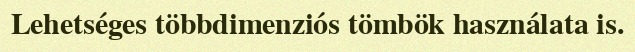
Lehetséges többdimenziós tömbök használata is.